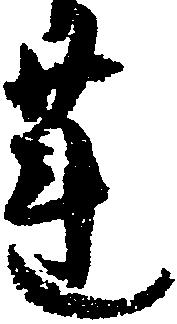
蓮